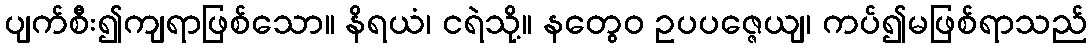
ပျက်စီး၍ကျရာဖြစ်သော။ နိရယံ၊ ငရဲသို့။ နတွေဝ ဥပပဇ္ဇေယျ၊ ကပ်၍မဖြစ်ရာသည်